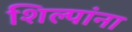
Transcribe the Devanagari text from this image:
शिल्पांना